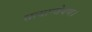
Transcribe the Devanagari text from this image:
सत्यान्वेषण।